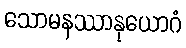
သောမနဿာနုယောဂံ